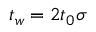
t _ { w } = 2 t _ { 0 } \sigma